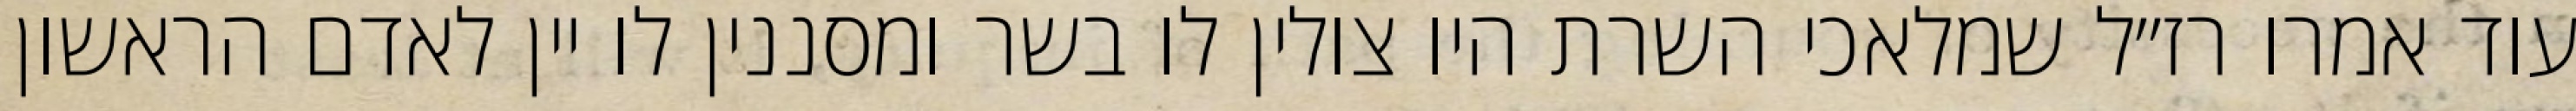
עוד אמרו רז״ל שמלאכי השרת היו צולין לו בשר ומסננין לו יין לאדם הראשון